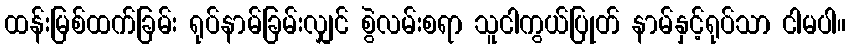
ထန်းမြစ်ထက်ခြမ်း ရုပ်နာမ်ခြမ်းလျှင် စွဲလမ်းစရာ သူငါကွယ်ပြုတ် နာမ်နှင့်ရုပ်သာ ငါမပါ။